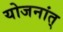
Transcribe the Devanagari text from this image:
योजनांत्‌